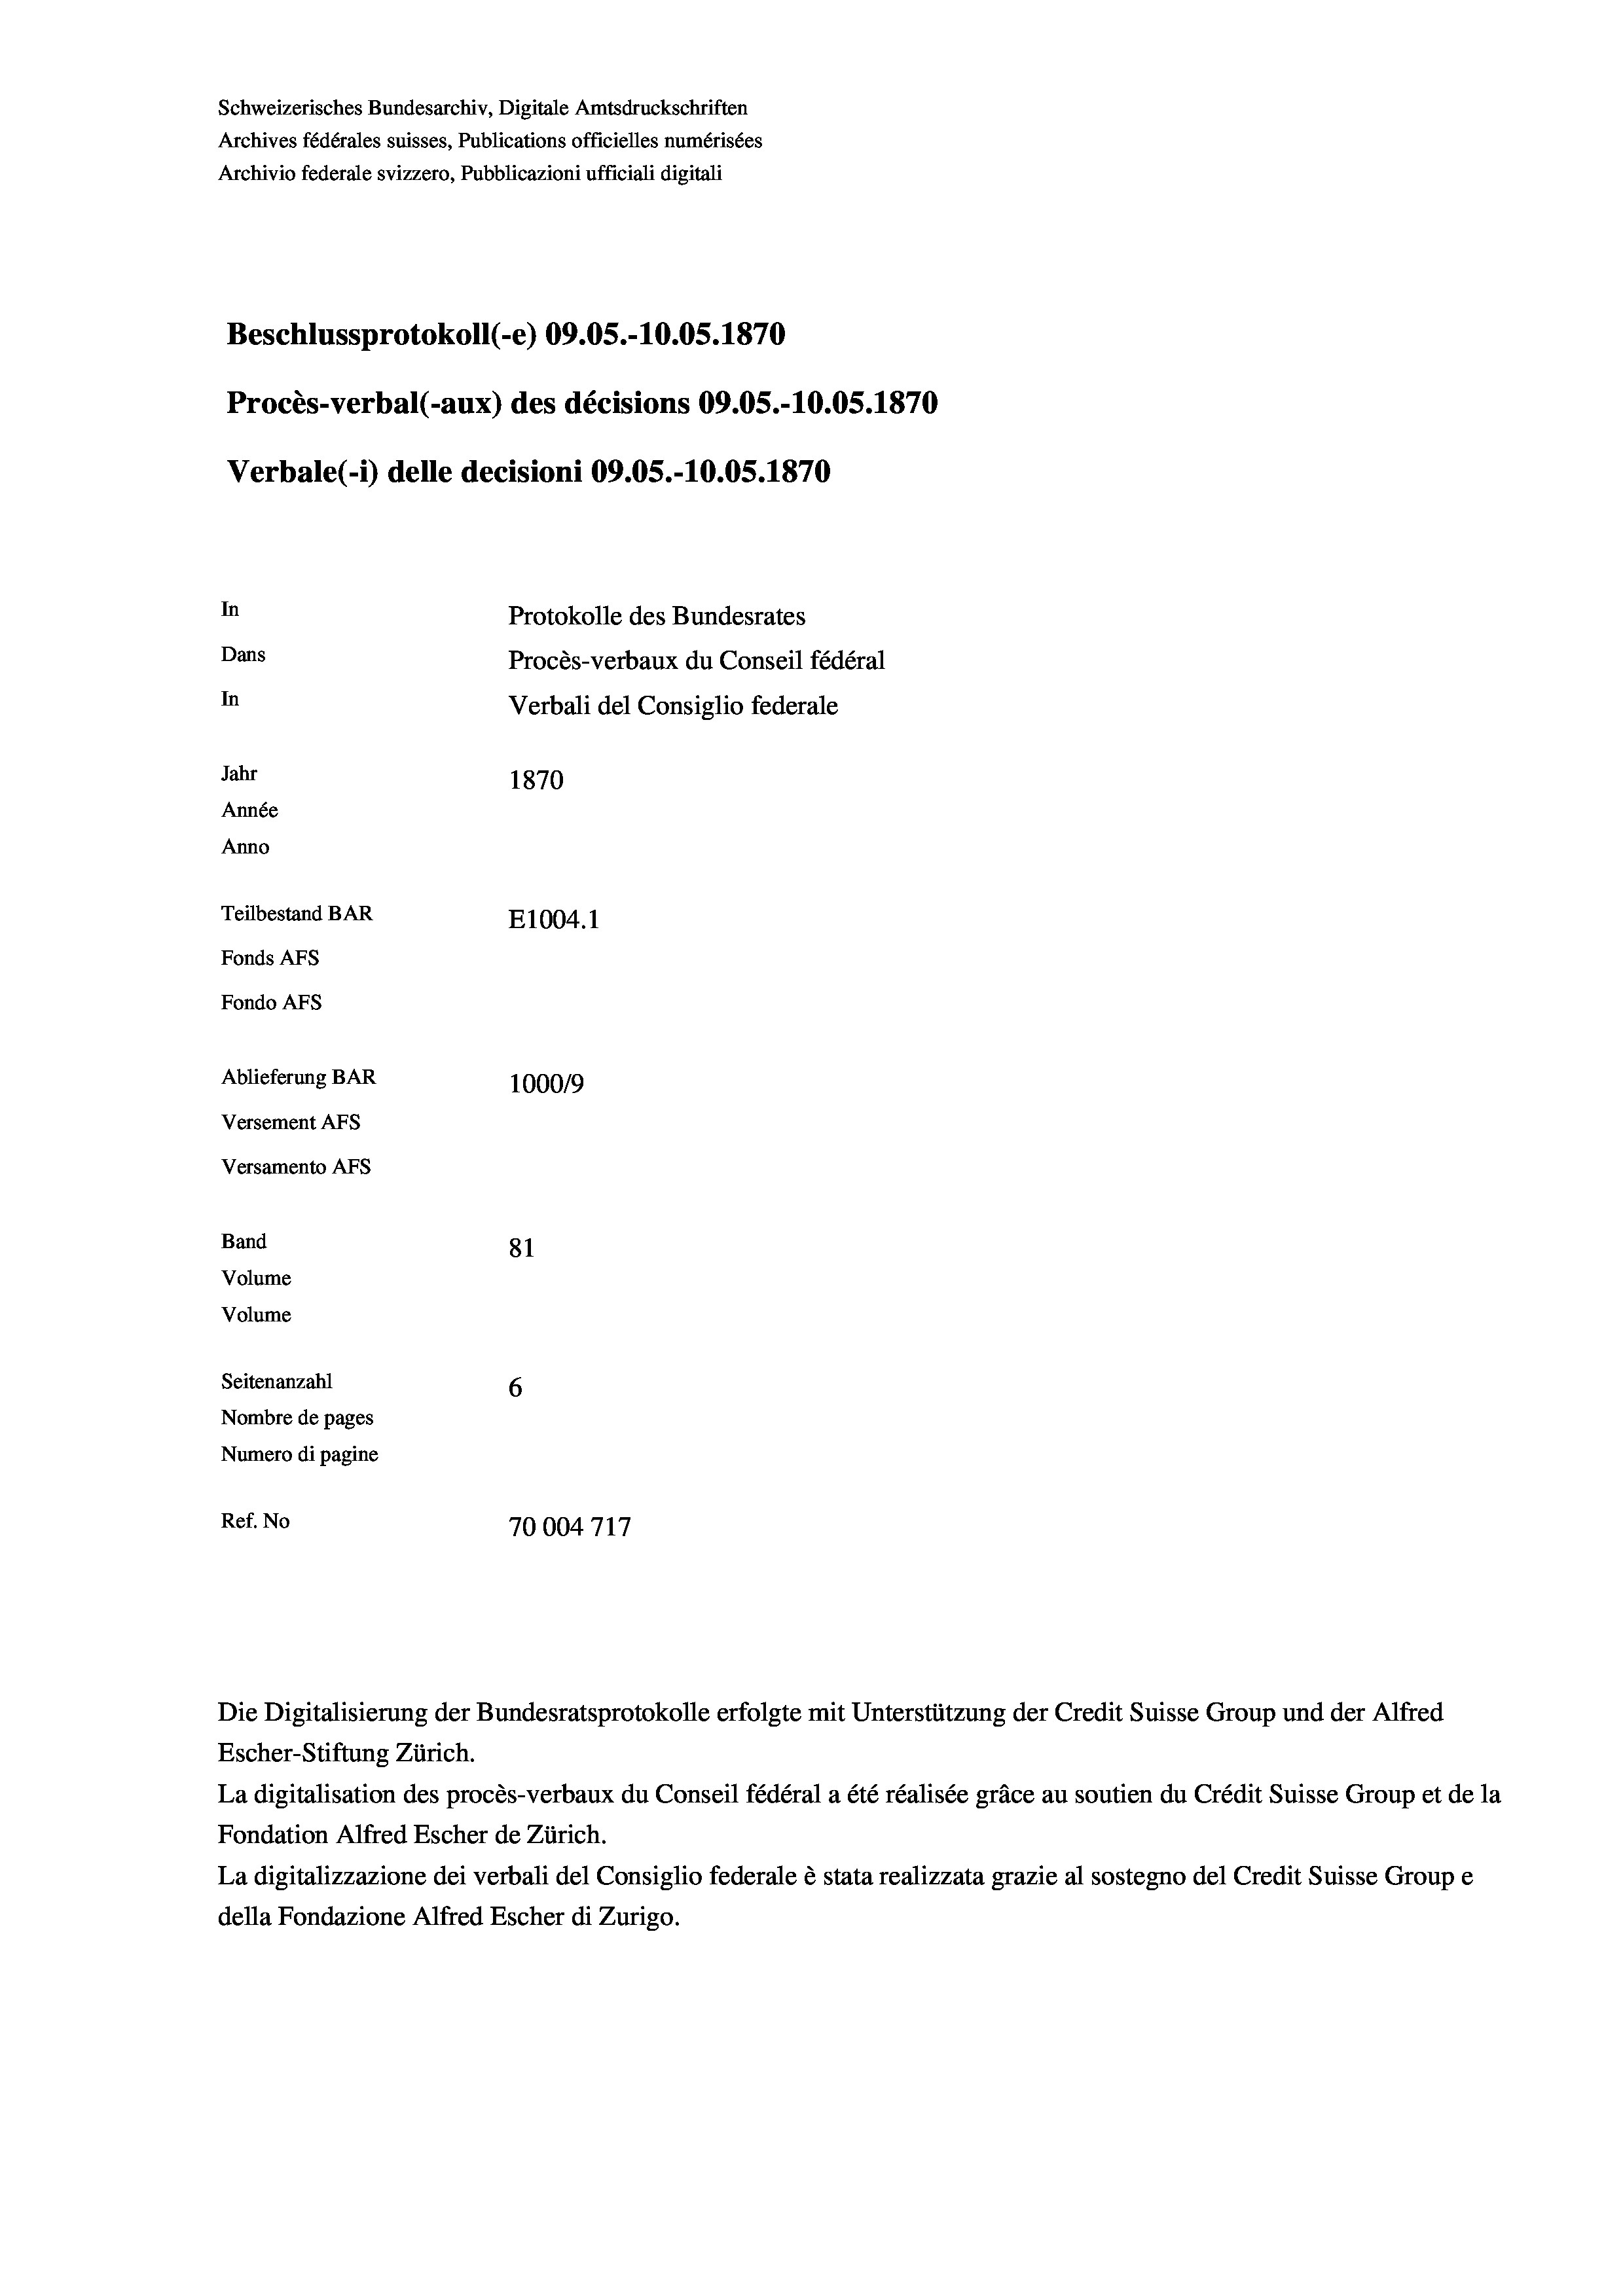
Schweizerisches Bundesarchiv, Digitale Amtsdruckschriften
Archives fédérales suisses, Publications officielles numérisées
Archivio federale svizzero, Pubblicazioni ufficiali digitali
Beschlussprotokoll (-e) 09.05.-10.05. 1870
Procès-verbal (-aux) des décisions 09.05.-10.05. 1870
Verbale(-*) delle decisioni 09.05.-10.05. 1870
In
Protokolle des Bundesrates
Dans
Procès-verbaux du Conseil fédéral
In
Verbali del Consiglio federale
Jahr
1870
Année
Anno
Teilbestand BAR
E1004.1
Fonds AFs
Fondo Afs
Ablieferung BAR
100019
Versement AFs
Versamento AFs
Band
81
Volume
Volume
Seitenanzahl
6
Nombre de pages
Numero di pagine
Ref. No
70004717

La digitalisation des procès-verbaux du Conseil fédéral a été réalisée gräce au soutien du Crédit Suisse Group et de la
Fondation Alfred Escher de Zürich.
La digitalizzazione dei verbali del Consiglio federale è stata realizzata grazie al sostegno del Credit Suisse Groupe
della Fondazione Alfred Escher di Zurigo.

Die Digitalisierung der Bundesratsprotokolle erfolgte mit Unterstützung der Credit Suisse Group und der Alfred
Escher-Stiftung Zürich.